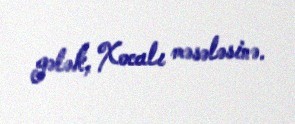
gələk, Xocalı məsələsinə.